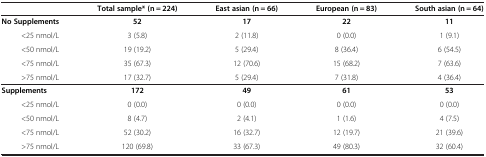
<table><thead><tr><td><b> </b></td><td><b>Total sample* (n = 224)</b></td><td><b>East asian (n = 66)</b></td><td><b>European (n = 83)</b></td><td><b>South asian (n = 64)</b></td></tr></thead><tbody><tr><td><b>No Supplements</b></td><td><b>52</b></td><td><b>17</b></td><td><b>22</b></td><td><b>11</b></td></tr><tr><td>&lt;25 nmol/L</td><td>3 (5.8)</td><td>2 (11.8)</td><td>0 (0.0)</td><td>1 (9.1)</td></tr><tr><td>&lt;50 nmol/L</td><td>19 (19.2)</td><td>5 (29.4)</td><td>8 (36.4)</td><td>6 (54.5)</td></tr><tr><td>&lt;75 nmol/L</td><td>35 (67.3)</td><td>12 (70.6)</td><td>15 (68.2)</td><td>7 (63.6)</td></tr><tr><td>&gt;75 nmol/L</td><td>17 (32.7)</td><td>5 (29.4)</td><td>7 (31.8)</td><td>4 (36.4)</td></tr><tr><td><b>Supplements</b></td><td><b>172</b></td><td><b>49</b></td><td><b>61</b></td><td><b>53</b></td></tr><tr><td>&lt;25 nmol/L</td><td>0 (0.0)</td><td>0 (0.0)</td><td>0 (0.0)</td><td>0 (0.0)</td></tr><tr><td>&lt;50 nmol/L</td><td>8 (4.7)</td><td>2 (4.1)</td><td>1 (1.6)</td><td>4 (7.5)</td></tr><tr><td>&lt;75 nmol/L</td><td>52 (30.2)</td><td>16 (32.7)</td><td>12 (19.7)</td><td>21 (39.6)</td></tr><tr><td>&gt;75 nmol/L</td><td>120 (69.8)</td><td>33 (67.3)</td><td>49 (80.3)</td><td>32 (60.4)</td></tr></tbody></table>